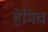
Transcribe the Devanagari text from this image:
हेमिच